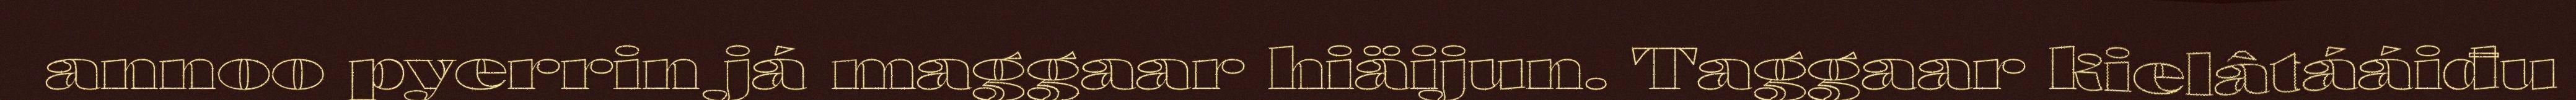
annoo pyerrin já maggaar hiäijun. Taggaar kielâtááiđu